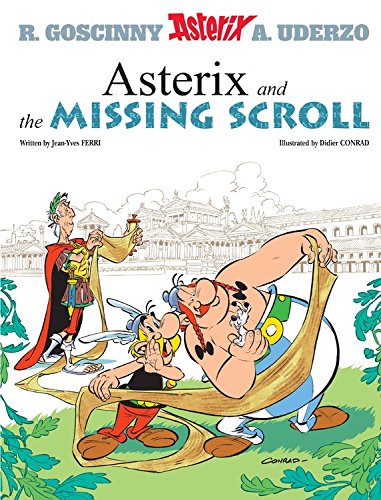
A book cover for Asterix and The Missing Scroll (At Home with); Jean-Yves Ferri; Children's Books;